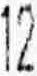
12